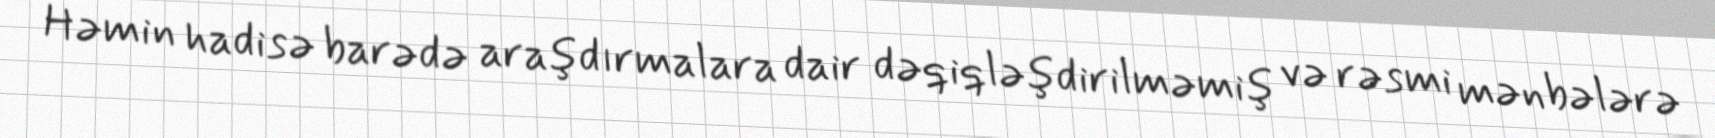
Həmin hadisə barədə araşdırmalara dair dəqiqləşdirilməmiş və rəsmi mənbələrə